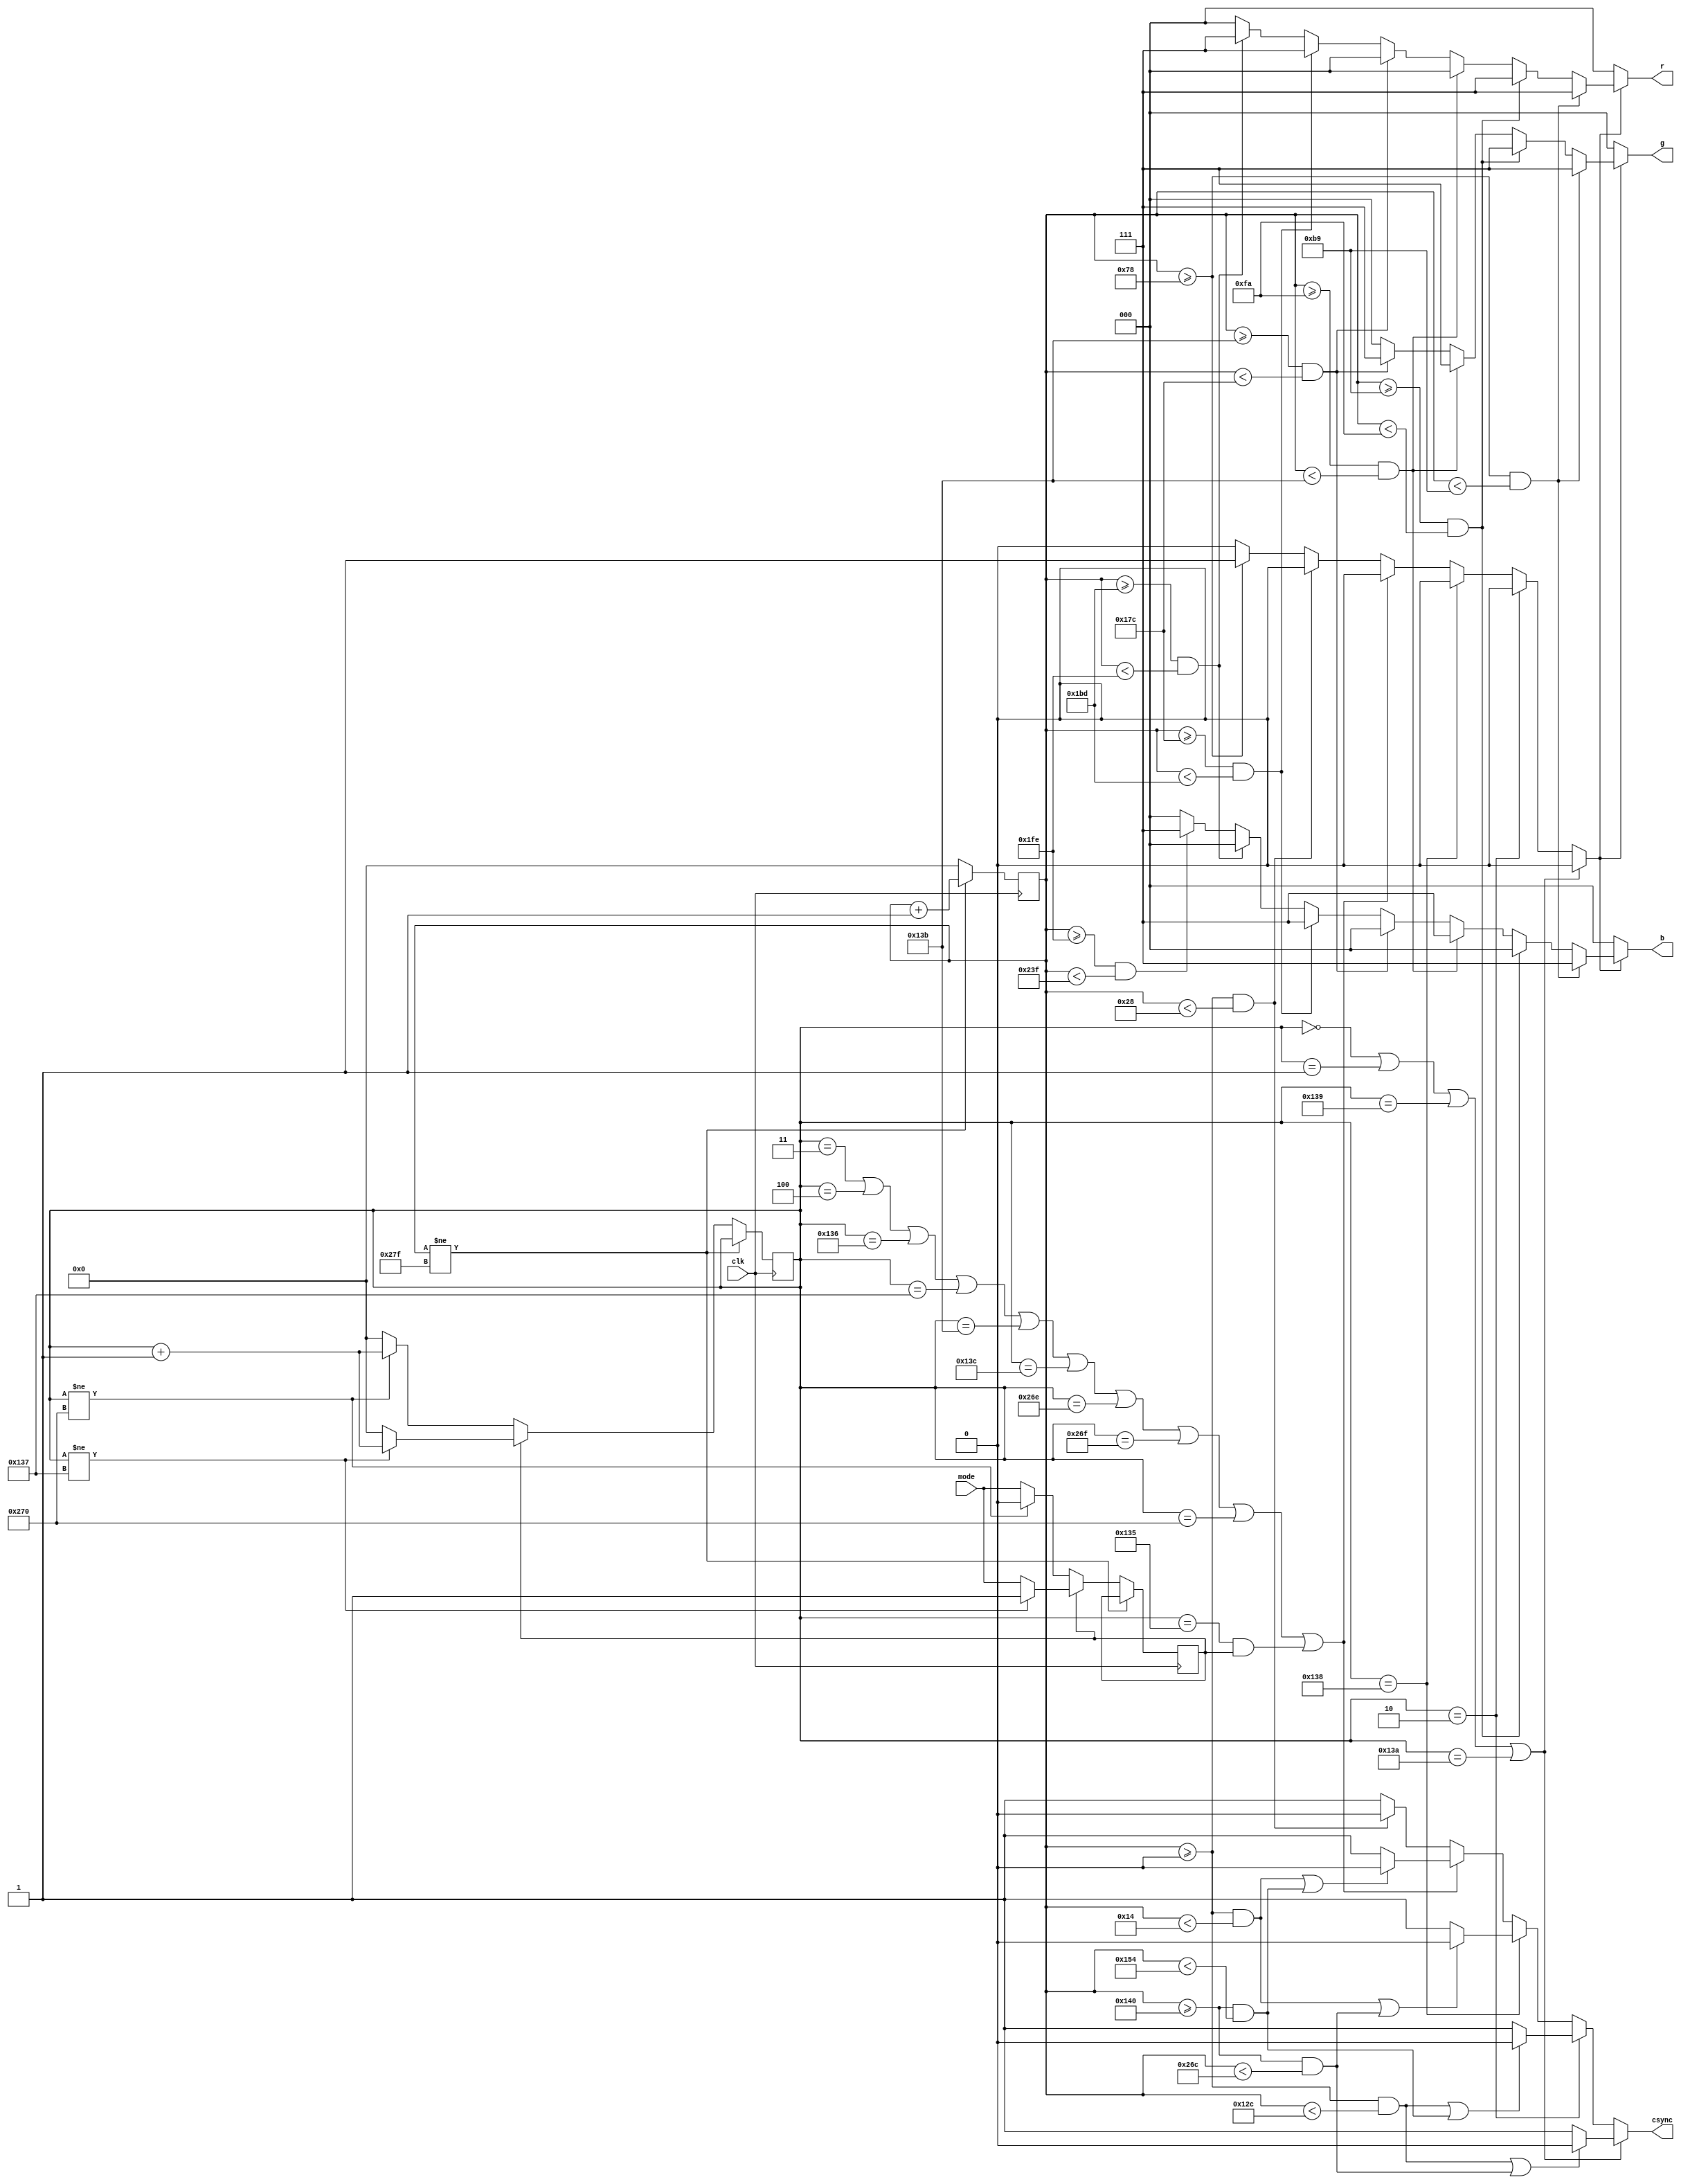
module genframe (
   input wire clk,  
   input wire mode, 
   output reg [2:0] r,
   output reg [2:0] g,
   output reg [2:0] b,
   output reg csync
   );
   reg [9:0] hc = 10'd0;
   reg [9:0] vc = 10'd0;
   reg intprog = 1'b0; 
   always @(posedge clk) begin
      if (hc != 10'd639) begin
         hc <= hc + 10'd1;
      end
      else begin
         hc <= 10'd0;
         if (intprog == 1'b0) begin
            if (vc != 624) begin
               vc <= vc + 10'd1;
            end
            else begin
               vc <= 10'd0;
               intprog <= mode;
            end
         end
         else begin
            if (vc != 311) begin
               vc <= vc + 10'd1;
            end
            else begin
               vc <= 10'd0;
               intprog <= mode;
            end
         end
      end
   end
   reg videoen;
   always @* begin
      csync = 1'b1;
      videoen = 1'b0;
      if (vc == 10'd0 || 
          vc == 10'd1 || 
          vc == 10'd313 || 
          vc == 10'd314) begin
         if ((hc >= 10'd0 && hc < 10'd300) || (hc >= 10'd320 && hc < 10'd620)) begin
            csync = 1'b0;
         end
      end
      else if (vc == 10'd2) begin
         if ((hc >= 10'd0 && hc < 10'd300) || (hc >= 10'd320 && hc < 10'd340)) begin
            csync = 1'b0;
         end
      end
      else if (vc == 10'd312) begin
         if ((hc >= 10'd0 && hc < 10'd20) || (hc >= 10'd320 && hc < 10'd620)) begin
            csync = 1'b0;
         end
      end
      else if (vc == 10'd3 || 
               vc == 10'd4 || 
               vc == 10'd310 || 
               vc == 10'd311 || 
               vc == 10'd315 || 
               vc == 10'd316 ||
               vc == 10'd622 ||
               vc == 10'd623 ||
               vc == 10'd624 ||
               (vc == 10'd309 && intprog == 1'b1)) begin
         if ((hc >= 10'd0 && hc < 10'd20) || (hc >= 10'd320 && hc < 10'd340)) begin
            csync = 1'b0;
         end
      end
      else begin 
         if (hc >= 10'd0 && hc < 10'd40) begin
            csync = 1'b0;
         end
         else if (hc >= 10'd120) begin
            videoen = 1'b1;
         end
      end
   end
   always @* begin
      r = 3'b000;
      g = 3'b000;
      b = 3'b000;
      if (videoen == 1'b1) begin
         if (hc >= 120+65*0 && hc < 120+65*1) begin
            r = 3'b111;
            g = 3'b111;
            b = 3'b111;
         end
         else if (hc >= 120+65*1 && hc < 120+65*2) begin
            r = 3'b111;
            g = 3'b111;
            b = 3'b000;
         end
         else if (hc >= 120+65*2 && hc < 120+65*3) begin
            r = 3'b000;
            g = 3'b111;
            b = 3'b111;
         end
         else if (hc >= 120+65*3 && hc < 120+65*4) begin
            r = 3'b000;
            g = 3'b111;
            b = 3'b000;
         end
         else if (hc >= 120+65*4 && hc < 120+65*5) begin
            r = 3'b111;
            g = 3'b000;
            b = 3'b111;
         end
         else if (hc >= 120+65*5 && hc < 120+65*6) begin
            r = 3'b111;
            g = 3'b000;
            b = 3'b000;
         end
         else if (hc >= 120+65*6 && hc < 120+65*7) begin
            r = 3'b000;
            g = 3'b000;
            b = 3'b111;
         end
         else if (hc >= 120+65*7 && hc < 120+65*8) begin
            r = 3'b000;
            g = 3'b000;
            b = 3'b000;
         end         
      end
   end
endmodule